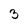
Character: 3